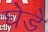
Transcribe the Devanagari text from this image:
घेडे